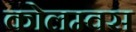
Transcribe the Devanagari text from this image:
कोलम्वस